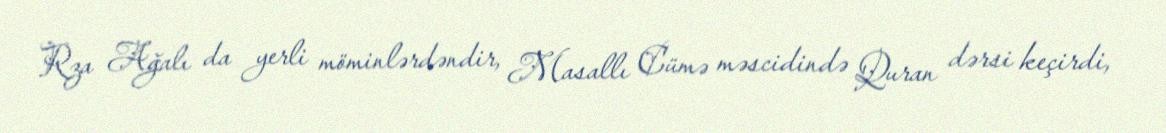
Rza Ağalı da yerli möminlərdəndir, Masallı Cümə məscidində Quran dərsi keçirdi,